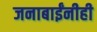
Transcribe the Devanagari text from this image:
जनाबाईंनीही